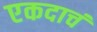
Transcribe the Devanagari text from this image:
एकदाचं